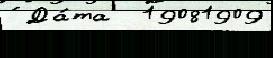
́ Да́та  19081909